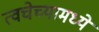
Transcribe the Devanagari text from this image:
त्वचेच्यामध्ये